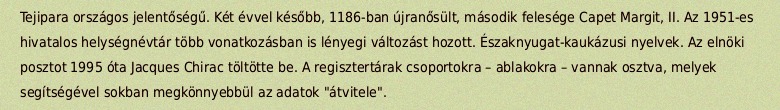
Tejipara országos jelentőségű. Két évvel később, 1186-ban újranősült, második felesége Capet Margit, II. Az 1951-es hivatalos helységnévtár több vonatkozásban is lényegi változást hozott. Északnyugat-kaukázusi nyelvek. Az elnöki posztot 1995 óta Jacques Chirac töltötte be. A regisztertárak csoportokra – ablakokra – vannak osztva, melyek segítségével sokban megkönnyebbül az adatok "átvitele".